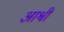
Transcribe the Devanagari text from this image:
आश्वी